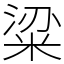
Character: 粱